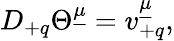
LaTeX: D_{+q}\Theta^{\underline{{{\mu}}}}=v_{+q}^{\underline{{{\mu}}}},